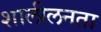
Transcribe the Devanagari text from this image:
शालीलनता